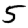
Digit: 5